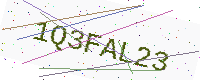
Text: 1Q3FAL23